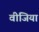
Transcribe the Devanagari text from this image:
वीजिया